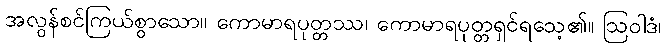
အလွန်စင်ကြယ်စွာသော။ ကောမာရပုတ္တဿ၊ ကောမာရပုတ္တရှင်ရသေ့၏။ ဩဝါဒံ၊